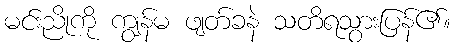
မင်းညိုကို ကျွန်မ ဖျတ်ခနဲ သတိရသွားပြန်၏။